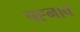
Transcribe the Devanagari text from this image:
पह्नाव